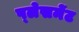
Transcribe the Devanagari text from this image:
प्‍लेसमेंट